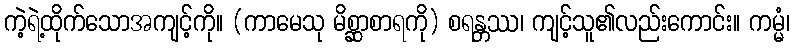
ကဲ့ရဲ့ထိုက်သောအကျင့်ကို။ (ကာမေသု မိစ္ဆာစာရကို) စရန္တဿ၊ ကျင့်သူ၏လည်းကောင်း။ ကမ္မံ၊